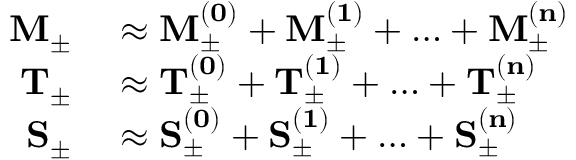
\begin{array} { r l } { \mathbf { M _ { \pm } } } & { { } \approx \mathbf { M _ { \pm } ^ { ( 0 ) } } + \mathbf { M _ { \pm } ^ { ( 1 ) } } + \ldots + \mathbf { M _ { \pm } ^ { ( n ) } } } \\ { \mathbf { T _ { \pm } } } & { { } \approx \mathbf { T _ { \pm } ^ { ( 0 ) } } + \mathbf { T _ { \pm } ^ { ( 1 ) } } + \ldots + \mathbf { T _ { \pm } ^ { ( n ) } } } \\ { \mathbf { S _ { \pm } } } & { { } \approx \mathbf { S _ { \pm } ^ { ( 0 ) } } + \mathbf { S _ { \pm } ^ { ( 1 ) } } + \ldots + \mathbf { S _ { \pm } ^ { ( n ) } } } \end{array}